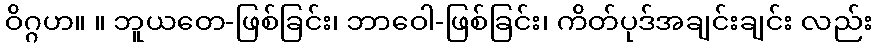
ဝိဂ္ဂဟ။ ။ ဘူယတေ-ဖြစ်ခြင်း၊ ဘာဝေါ-ဖြစ်ခြင်း၊ ကိတ်ပုဒ်အချင်းချင်း လည်း